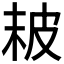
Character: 𤿖